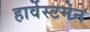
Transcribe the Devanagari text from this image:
हार्वेस्टमेन